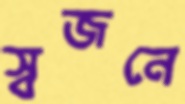
স্বজনে